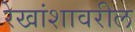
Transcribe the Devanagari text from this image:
रेखांशावरील